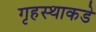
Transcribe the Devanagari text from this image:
गृहस्थाकडे